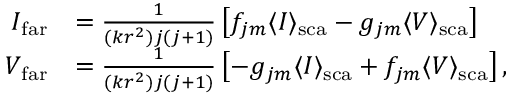
\begin{array} { r l } { I _ { \mathrm { f a r } } } & { = \frac { 1 } { ( k r ^ { 2 } ) j ( j + 1 ) } \left[ f _ { j m } \langle I \rangle _ { \mathrm { s c a } } - g _ { j m } \langle V \rangle _ { \mathrm { s c a } } \right] } \\ { V _ { \mathrm { f a r } } } & { = \frac { 1 } { ( k r ^ { 2 } ) j ( j + 1 ) } \left[ - g _ { j m } \langle I \rangle _ { \mathrm { s c a } } + f _ { j m } \langle V \rangle _ { \mathrm { s c a } } \right] , } \end{array}